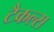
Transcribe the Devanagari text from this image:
टैकल्स